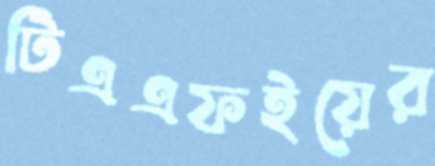
টিএএফইয়ের